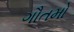
ગૌતમો